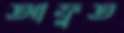
আফুত